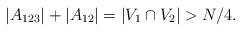
LaTeX: \begin{align*}|A_{123}|+|A_{12}|= |V_1\cap V_2|> N/4.\end{align*}